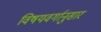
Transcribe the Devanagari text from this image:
विषयवर्गानुसार